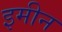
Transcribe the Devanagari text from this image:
इमीन